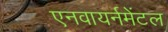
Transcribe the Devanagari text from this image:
एनवायर्नमेंटल